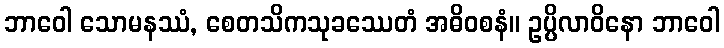
ဘာဝေါ သောမနဿံ, စေတသိကသုခဿေတံ အဓိဝစနံ။ ဥပ္ပိလာဝိနော ဘာဝေါ